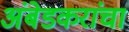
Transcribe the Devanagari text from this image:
अंबेडकरांचा